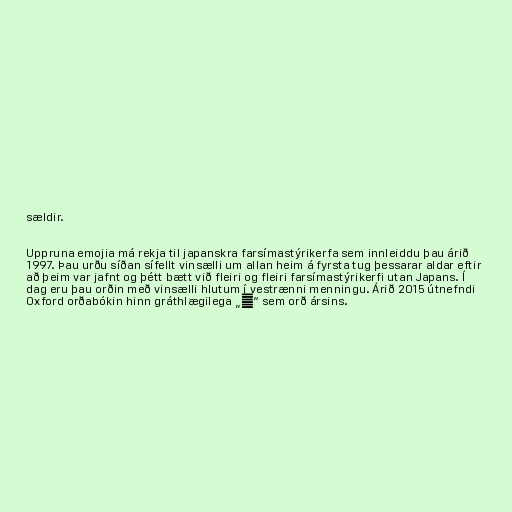
sældir.

Uppruna emojia má rekja til japanskra farsímastýrikerfa sem innleiddu þau árið
1997. Þau urðu síðan sífellt vinsælli um allan heim á fyrsta tug þessarar aldar eftir
að þeim var jafnt og þétt bætt við fleiri og fleiri farsímastýrikerfi utan Japans. Í
dag eru þau orðin með vinsælli hlutum í vestrænni menningu. Árið 2015 útnefndi
Oxford orðabókin hinn gráthlægilega „😂“ sem orð ársins.